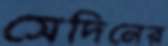
সেদিনের